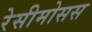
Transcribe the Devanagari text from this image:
रेसीमोसस